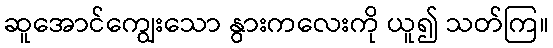
ဆူအောင်ကျွေးသော နွားကလေးကို ယူ၍ သတ်ကြ။